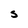
Character: S